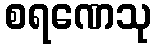
စရဏေသု